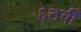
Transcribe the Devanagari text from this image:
६ठवीँ